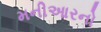
મનીઆરનો